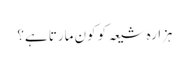
ہزارہ شیعہ کو کون مارتا ہے؟